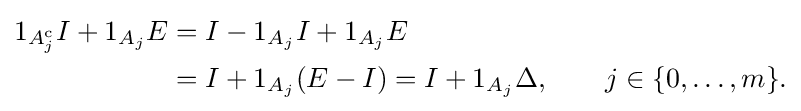
{\begin{aligned}1_{A_{j}^{\mathrm {c} }}I+1_{A_{j}}E&=I-1_{A_{j}}I+1_{A_{j}}E\\&=I+1_{A_{j}}(E-I)=I+1_{A_{j}}\Delta ,\qquad j\in \{0,\ldots ,m\}.\end{aligned}}